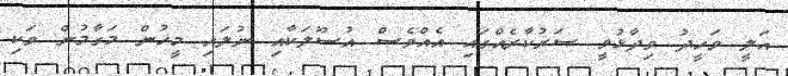
އަލީ ވަހީދު ވިދާޅުވީ ސަރުކާރެއްގައި އެއްވެސް އުސޫލަކާއި ނުލައި މީހުން މަގާމުން ވަކި